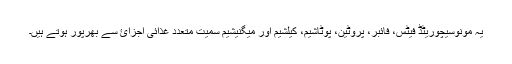
یہ مونوسیچوریٹڈ فیٹس، فائبر، پروٹین، پوٹاشیم، کیلشیم اور میگنیشیم سمیت متعدد غذائی اجزائ سے بھرپور ہوتے ہیں۔